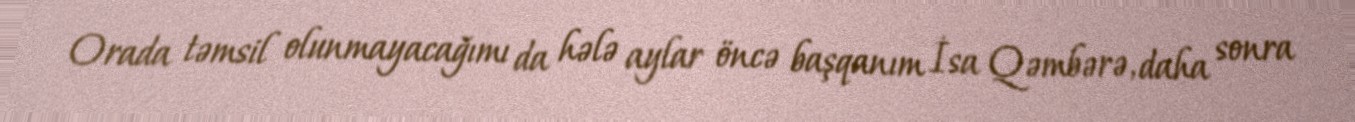
Orada təmsil olunmayacağımı da hələ aylar öncə başqanım İsa Qəmbərə, daha sonra